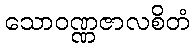
သောဝဏ္ဏဇာလစိတံ